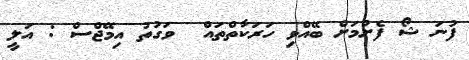
ފުނަ ޝޯ ފެށުމަށް ބޭއްވި ހަރަކާތްތައް  ވަގުތު އިމޭޖްސް : އަލީ